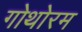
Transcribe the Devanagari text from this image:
गोथोरम